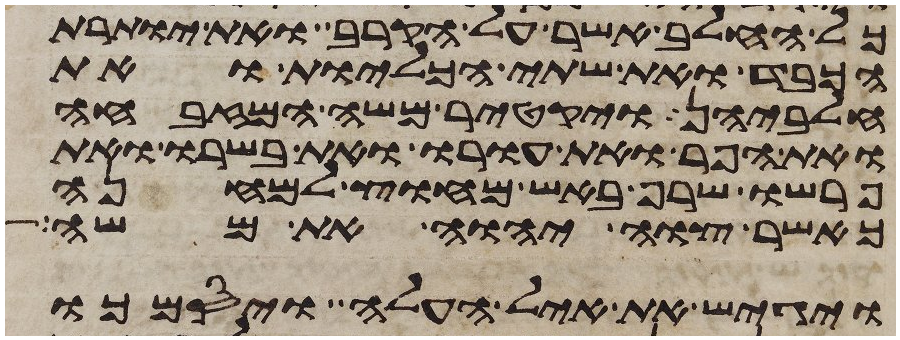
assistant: כל החלב אשר על הקרב ואת יותרת
הכבד ואת שתי הכליות ואת
חלביהן ויקטר משה המזבחה
ואת הפר ואת עורו ואת בשרו ואת
פרשו שרף באש מחוץ למחנה
כאשר צוה יהוה את משה
ויגש את איל העלה ויסמכו